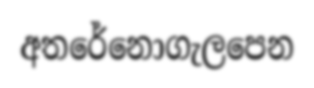
අතරේනොගැලපෙන